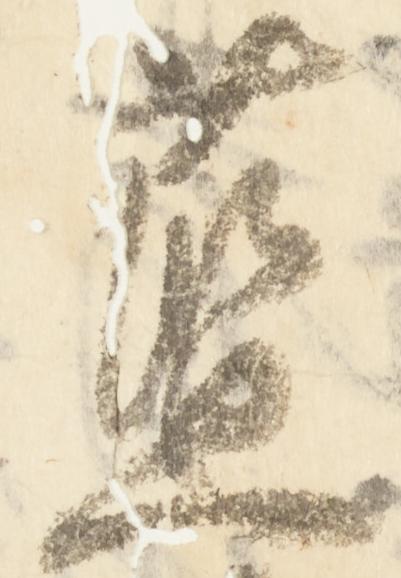
藍